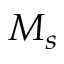
M _ { s }